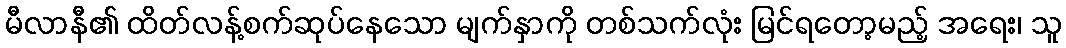
မီလာနီ၏ ထိတ်လန့်စက်ဆုပ်နေသော မျက်နှာကို တစ်သက်လုံး မြင်ရတော့မည့် အရေး၊ သူ